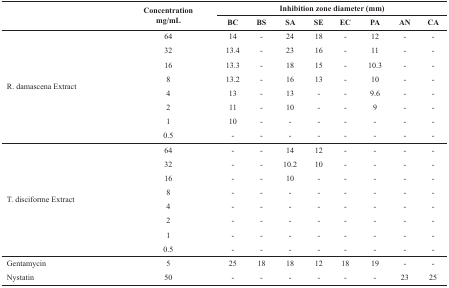
| <ROWSPAN=2>  | <ROWSPAN=2> Concentrationmg/mL | <COLSPAN=8> Inhibition zone diameter(mm) |
 | BC | BS | SA | SE | EC | PA | AN | CA |
 | --- | --- | --- | --- | --- | --- | --- | --- | --- | --- |
 | <ROWSPAN=8> R. damascena Extract | 64 | 14 | - | 24 | 18 | - | 12 | - | - |
 | 32 | 13.4 | - | 23 | 16 | - | 11 | - | - |
 | 16 | 13.3 | - | 18 | 15 | - | 10.3 | - | - |
 | 8 | 13.2 | - | 16 | 13 | - | 10 | - | - |
 | 4 | 13 | - | 13 | - | - | 9.6 | - | - |
 | 2 | 11 | - | 10 | - | - | 9 | - | - |
 | 1 | 10 | - | - | - | - | - | - | - |
 | 0.5 | - | - | - | - | - | - | - | - |
 | <ROWSPAN=8> T. disciforme Extract | 64 | - | - | 14 | 12 | - | - | - | - |
 | 32 | - | - | 10.2 | 10 | - | - | - | - |
 | 16 | - | - | 10 | - | - | - | - | - |
 | 8 | - | - | - | - | - | - | - | - |
 | 4 | - | - | - | - | - | - | - | - |
 | 2 | - | - | - | - | - | - | - | - |
 | 1 | - | - | - | - | - | - | - | - |
 | 0.5 | - | - | - | - | - | - | - | - |
 | Gentamycin | 5 | 25 | 18 | 18 | 12 | 18 | 19 | - | - |
 | Nystatin | 50 | - | - | - | - | - | - | 23 | 25 |